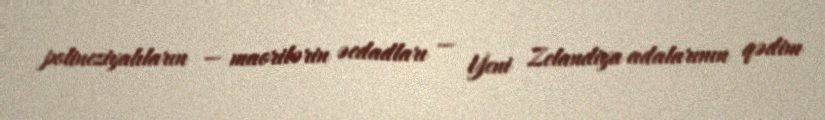
polineziyalıların — maorilərin əcdadları — Yeni Zelandiya adalarının qədim